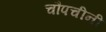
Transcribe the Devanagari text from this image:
चौपचीनी